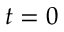
t = 0